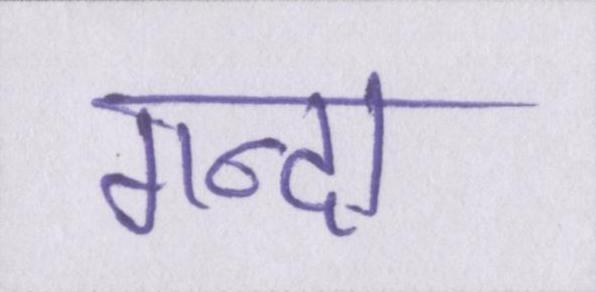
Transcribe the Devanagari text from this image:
गन्दा